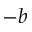
- b